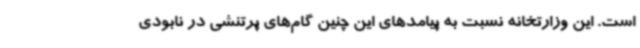
است. این وزارتخانه نسبت به پیامدهای این چنین گام‌های پرتنشی در نابودی